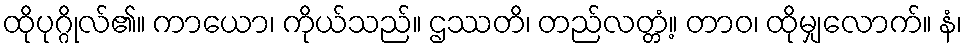
ထိုပုဂ္ဂိုလ်၏။ ကာယော၊ ကိုယ်သည်။ ဌဿတိ၊ တည်လတ္တံ့။ တာဝ၊ ထိုမျှလောက်။ နံ၊